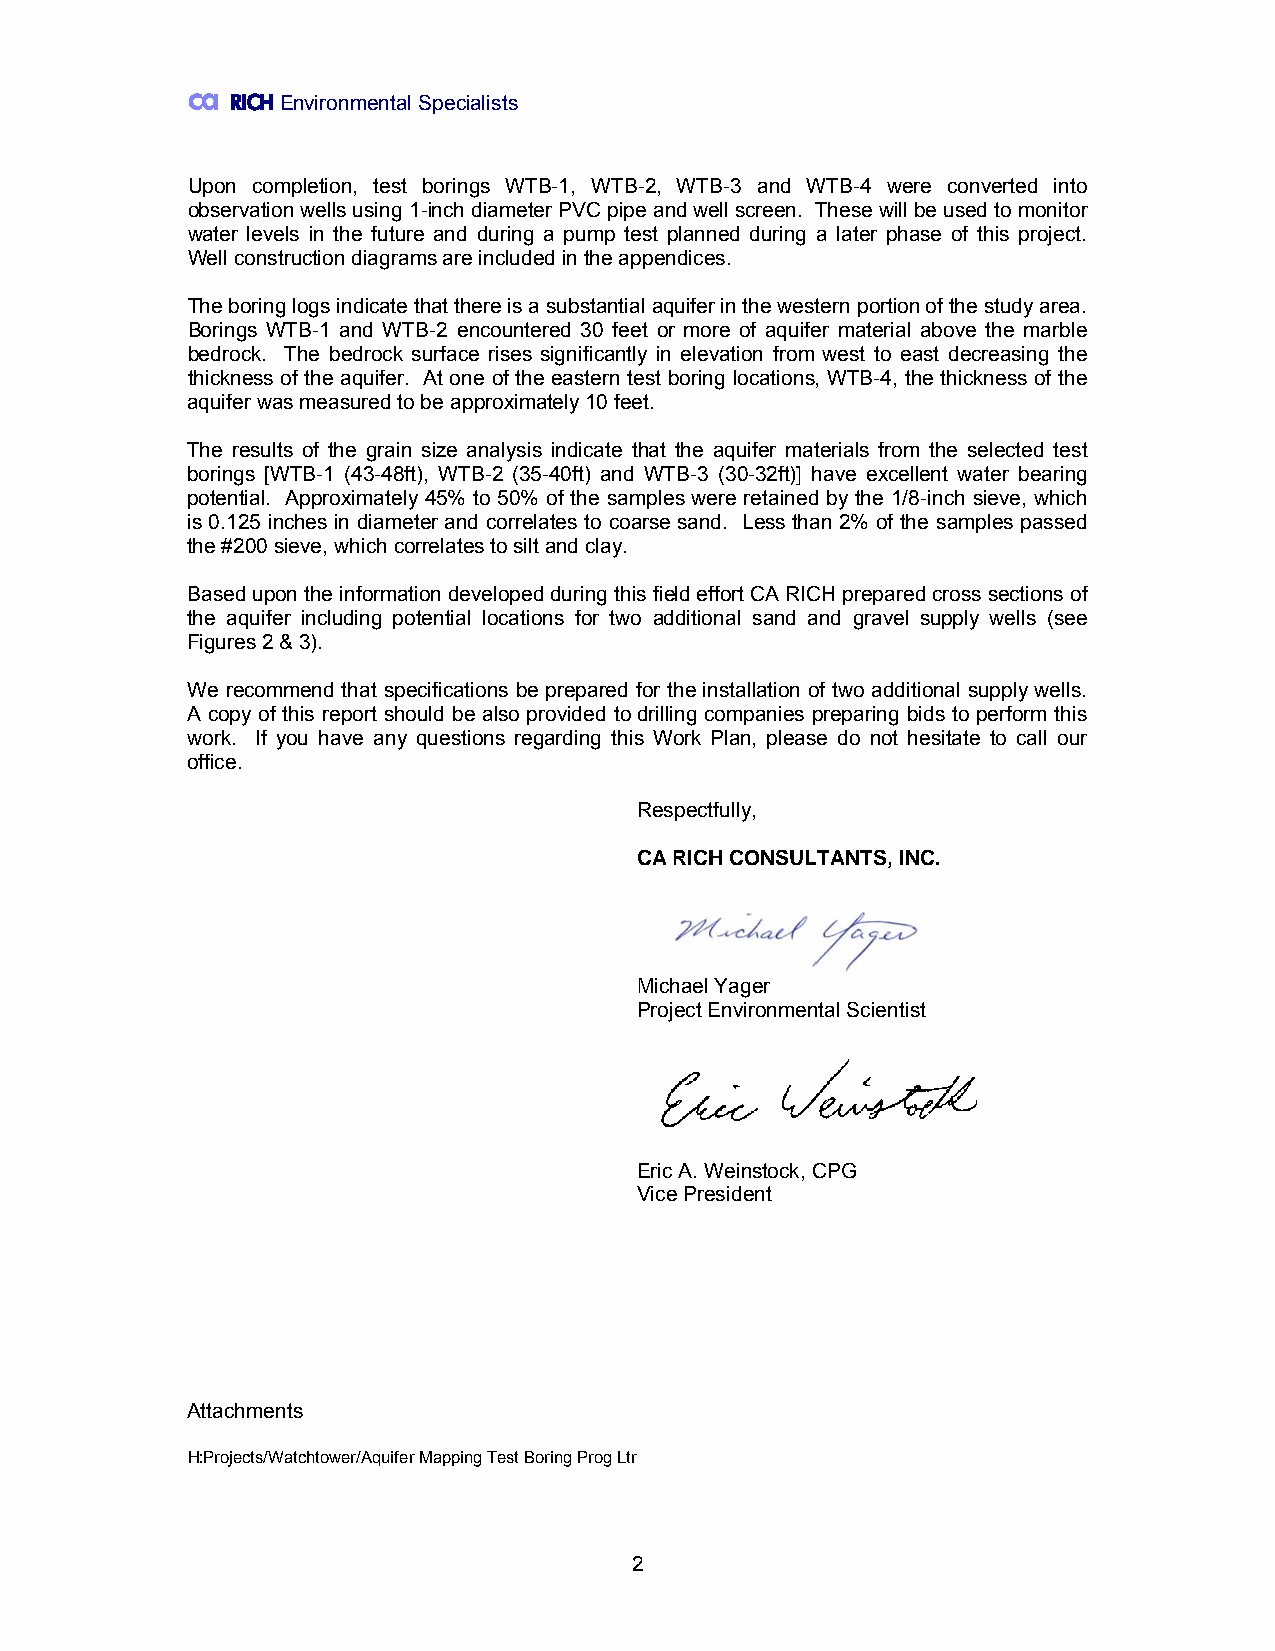
ca
 RICH Environmental Specialists
 Upon completion, test borings WTB-1, WTB-2, WTB-3 and WTB-4 were converted into
 observation wells using 1-inch diameter PVC pipe and well screen. These will be used to monitor
 water levels in the future and during a pump test planned during a later phase of this project.
 Well construction diagrams are included in the appendices.
 The boring logs indicate that there is a substantial aquifer in the western portion of the study area.
 Borings WTB-1 and WTB-2 encountered 30 feet or more of aquifer material above the marble
 bedrock. The bedrock surface rises significantly in elevation from west to east decreasing the
 thickness of the aquifer. At one of the eastern test boring locations, WTB-4, the thickness of the
 aquifer was measured to be approximately 10 feet.
 The results of the grain size analysis indicate that the aquifer materials from the selected test
 borings [WTB-1 (43-48ft), WTB-2 (35-40ft) and WTB-3 (30-32ft)] have excellent water bearing
 potential. Approximately 45% to 50% of the samples were retained by the 1/8-inch sieve, which
 is 0.125 inches in diameter and correlates to coarse sand. Less than 2% of the samples passed
 the #200 sieve, which correlates to silt and clay.
 Based upon the information developed during this field effort CA RICH prepared cross sections of
 the aquifer including potential locations for two additional sand and gravel supply wells (see
 Figures 2 & 3).
 We recommend that specifications be prepared for the installation of two additional supply wells.
 A copy of this report should be also provided to drilling companies preparing bids to perform this
 work. If you have any questions regarding this Work Plan, please do not hesitate to call our
 office.
 Respectfully,
 CA RICH CONSULTANTS, INC.
 Michael Yager
 Project Environmental Scientist
 Eric A. Weinstock, CPG
 Vice President
 Attachments
 H:Projects/Watchtower/Aquifer Mapping Test Boring Prog Ltr
 2